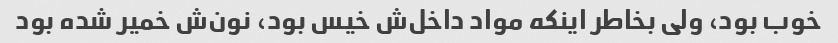
خوب بود، ولی بخاطر اینکه مواد داخل‌ش خیس بود، نون‌ش خمیر شده بود